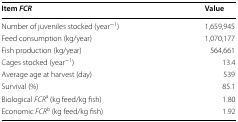
<table><thead><tr><td><b>Item <i>FCR</i></b></td><td><b>Value</b></td></tr></thead><tbody><tr><td>Number of juveniles stocked (year<sup>−1</sup>)</td><td>1,659,945</td></tr><tr><td>Feed consumption (kg/year)</td><td>1,070,177</td></tr><tr><td>Fish production (kg/year)</td><td>564,661</td></tr><tr><td>Cages stocked (year<sup>−1</sup>)</td><td>13.4</td></tr><tr><td>Average age at harvest (day)</td><td>539</td></tr><tr><td>Survival (%)</td><td>85.1</td></tr><tr><td>Biological <i>FCR</i><sup>a</sup> (kg feed/kg fish)</td><td>1.80</td></tr><tr><td>Economic <i>FCR</i><sup>b</sup> (kg feed/kg fish)</td><td>1.92</td></tr></tbody></table>